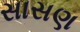
સાસણ